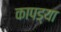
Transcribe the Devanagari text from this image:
कापड्या